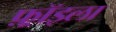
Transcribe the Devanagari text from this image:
फ़्रॉइला